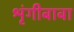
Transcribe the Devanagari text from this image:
श्रृंगीबाबा